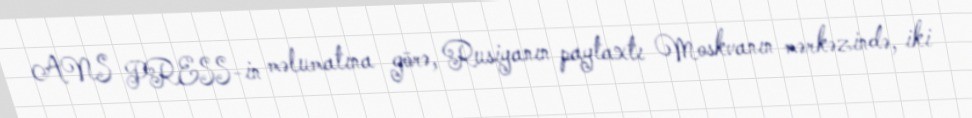
ANS PRESS-in məlumatına görə, Rusiyanın paytaxtı Moskvanın mərkəzində, iki